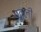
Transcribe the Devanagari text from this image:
पूतली